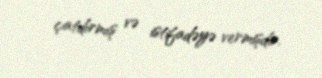
çatdırmış və istifadəyə vermişdir.